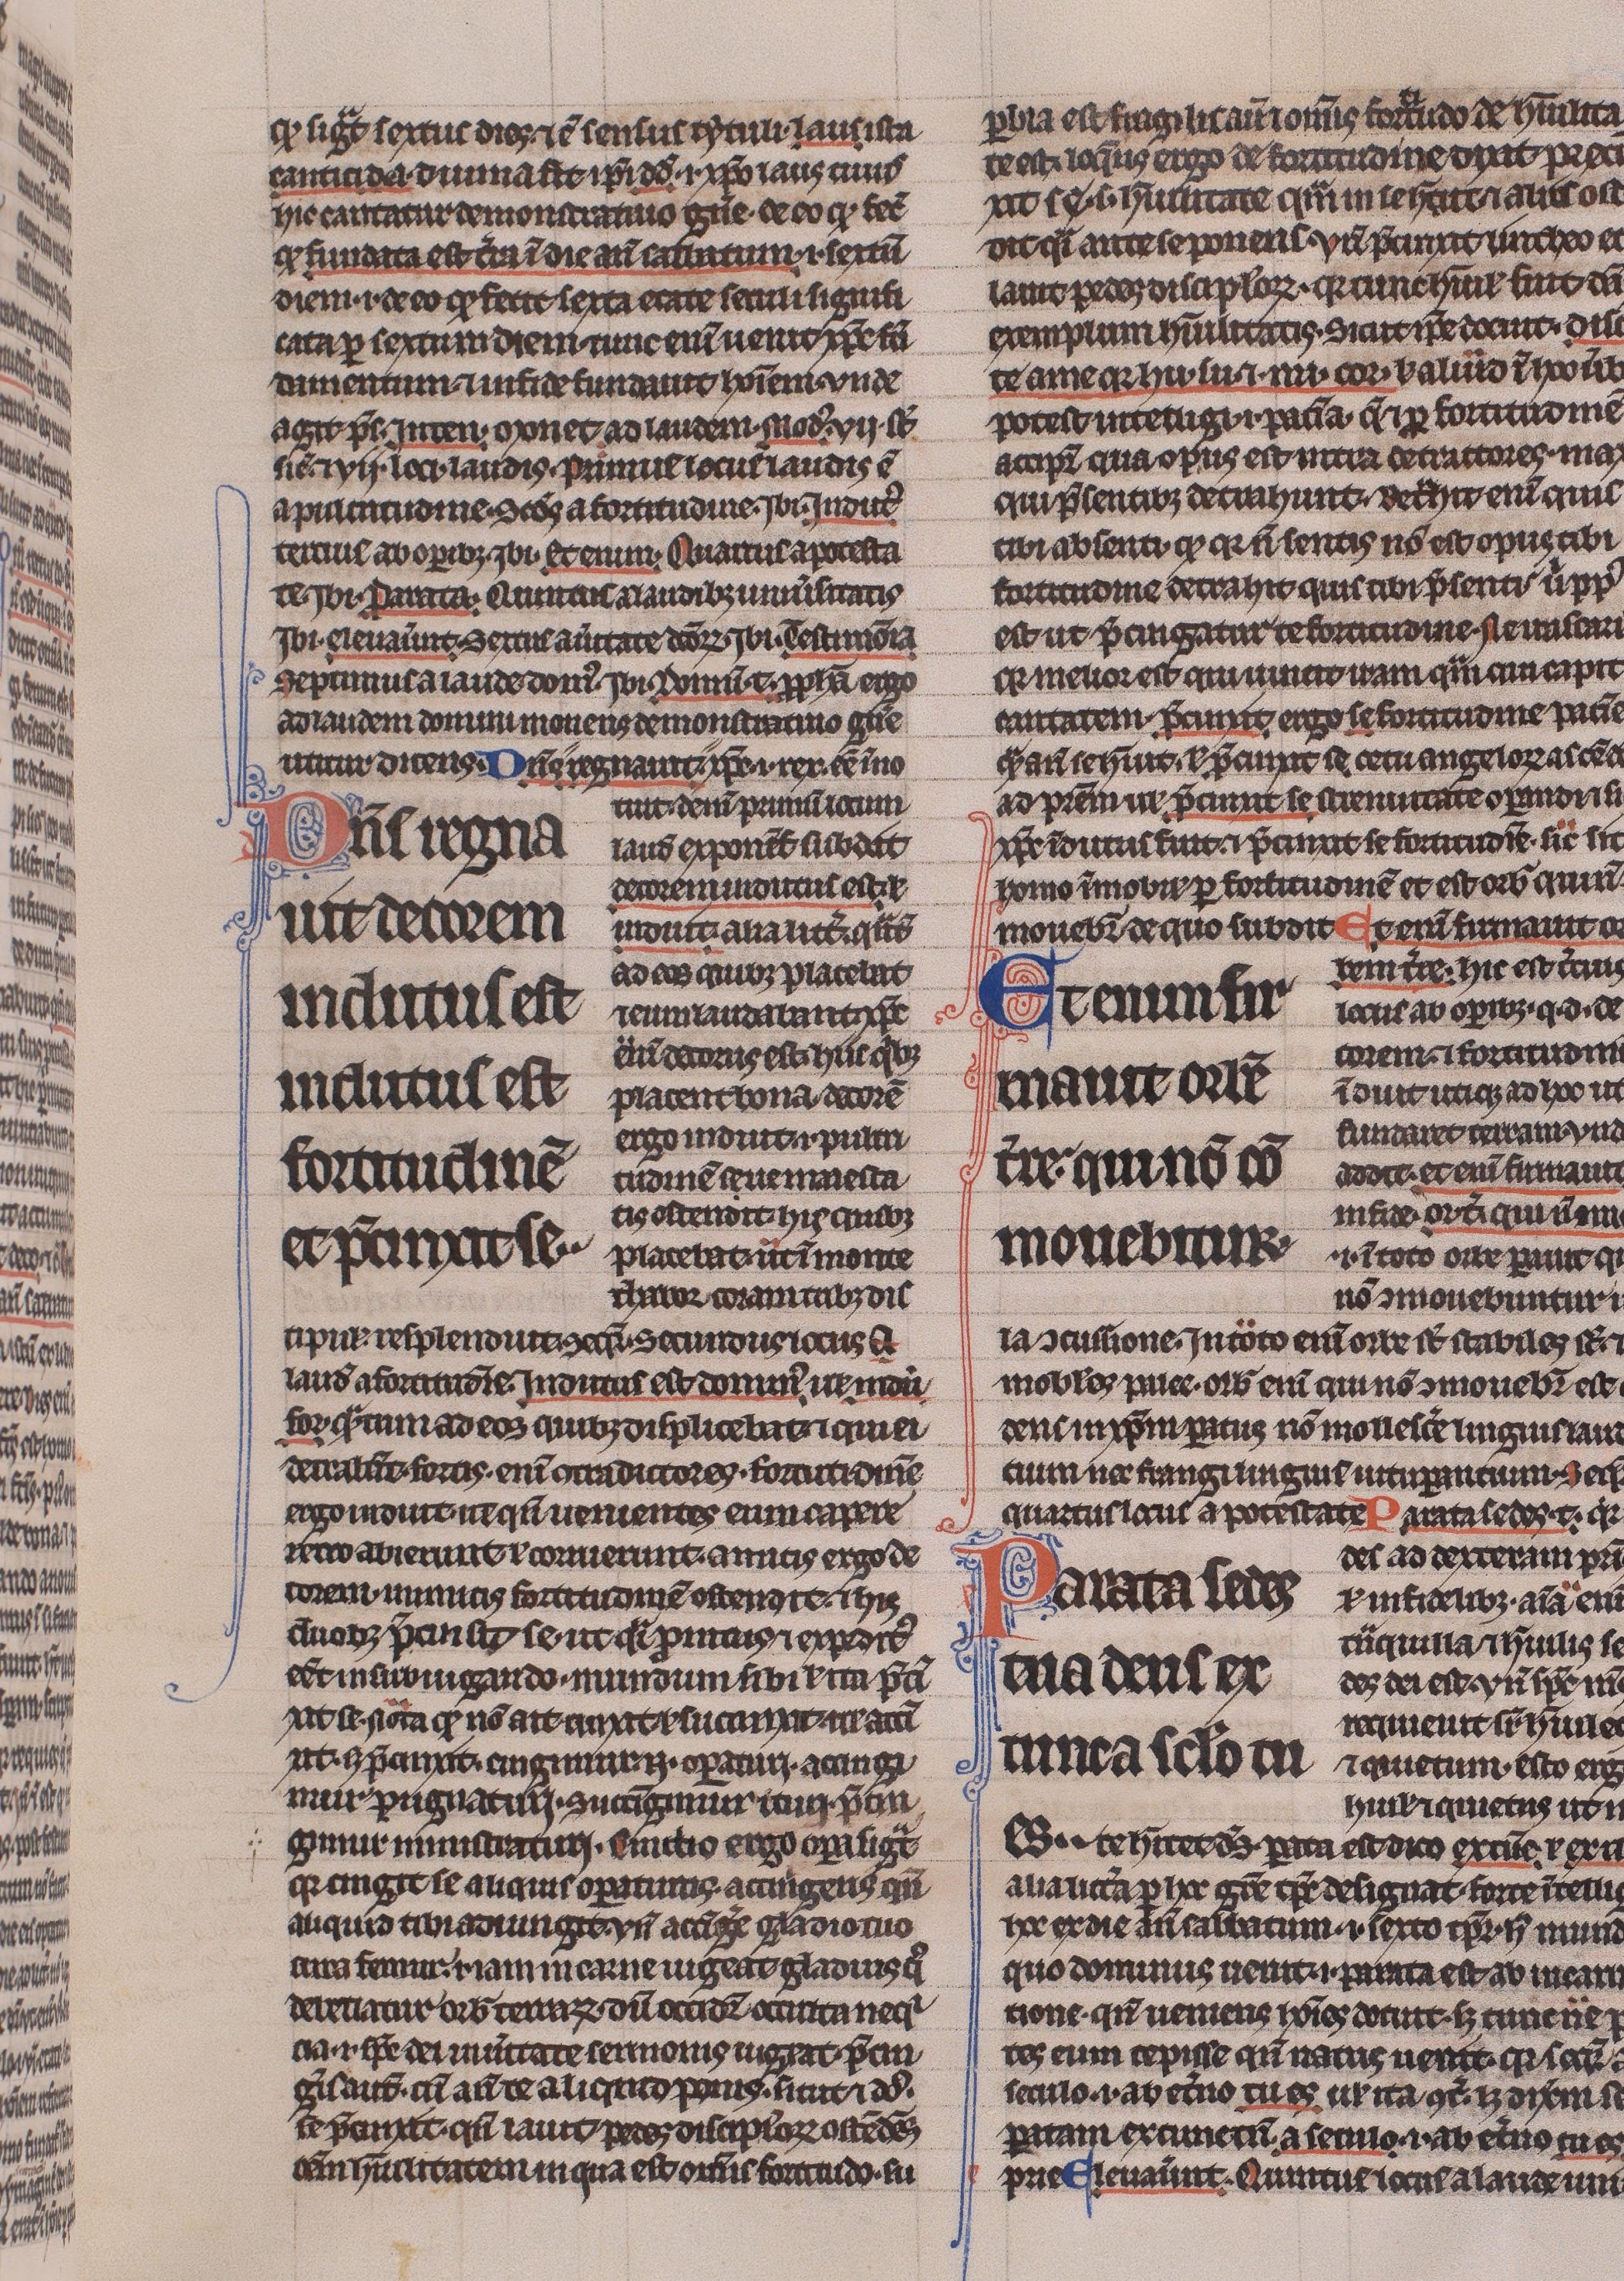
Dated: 1225–1250